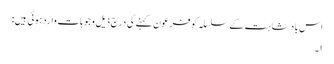
اس بادشاہت کے سلسلہ کو فرعون کہنے کی درج ذیل وجوہات وارد ہوئی ہیں:
۱۔